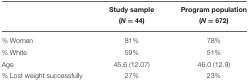
<table><thead><tr><td></td><td><b>Study sample (<i>N</i> = 44)</b></td><td><b>Program population (<i>N</i> = 672)</b></td></tr></thead><tbody><tr><td>% Women</td><td>81%</td><td>78%</td></tr><tr><td>% White</td><td>59%</td><td>51%</td></tr><tr><td>Age</td><td>45.6 (12.07)</td><td>46.0 (12.9)</td></tr><tr><td>% Lost weight successfully</td><td>27%</td><td>23%</td></tr></tbody></table>